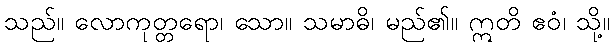
သည်။ လောကုတ္တရော၊ သော။ သမာဓိ၊ မည်၏။ ဣတိ ဧဝံ၊ သို့။